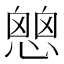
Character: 𢡔